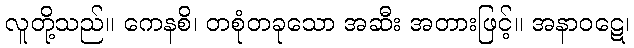
လူတို့သည်။ ကေနစိ၊ တစုံတခုသော အဆီး အတားဖြင့်။ အနာဝဋေ၊